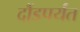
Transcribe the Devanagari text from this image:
दौंडपर्यंत